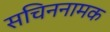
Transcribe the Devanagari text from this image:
सचिननामक